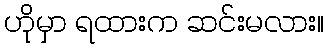
ဟိုမှာ ရထားက ဆင်းမလား။